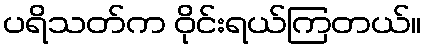
ပရိသတ်က ဝိုင်းရယ်ကြတယ်။